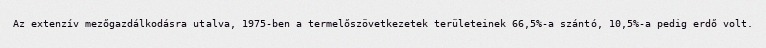
Az extenzív mezőgazdálkodásra utalva, 1975-ben a termelőszövetkezetek területeinek 66,5%-a szántó, 10,5%-a pedig erdő volt.